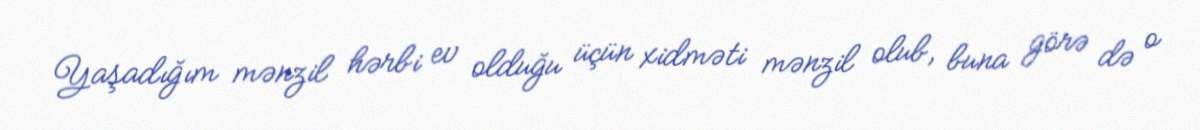
Yaşadığım mənzil hərbi ev olduğu üçün xidməti mənzil olub, buna görə də o